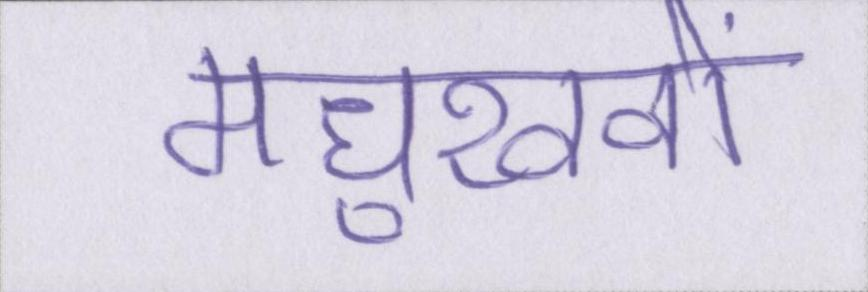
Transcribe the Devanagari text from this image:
मधुखवों